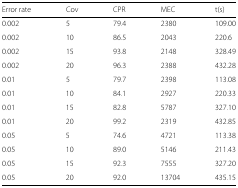
<table><thead><tr><td><b>Error rate</b></td><td><b>Cov</b></td><td><b>CPR</b></td><td><b>MEC</b></td><td><b>t(s)</b></td></tr></thead><tbody><tr><td>0.002</td><td>5</td><td>79.4</td><td>2380</td><td>109.00</td></tr><tr><td>0.002</td><td>10</td><td>86.5</td><td>2043</td><td>220.6</td></tr><tr><td>0.002</td><td>15</td><td>93.8</td><td>2148</td><td>328.49</td></tr><tr><td>0.002</td><td>20</td><td>96.3</td><td>2388</td><td>432.28</td></tr><tr><td>0.01</td><td>5</td><td>79.7</td><td>2398</td><td>113.08</td></tr><tr><td>0.01</td><td>10</td><td>84.1</td><td>2927</td><td>220.33</td></tr><tr><td>0.01</td><td>15</td><td>82.8</td><td>5787</td><td>327.10</td></tr><tr><td>0.01</td><td>20</td><td>99.2</td><td>2319</td><td>432.85</td></tr><tr><td>0.05</td><td>5</td><td>74.6</td><td>4721</td><td>113.38</td></tr><tr><td>0.05</td><td>10</td><td>89.0</td><td>5146</td><td>211.43</td></tr><tr><td>0.05</td><td>15</td><td>92.3</td><td>7555</td><td>327.20</td></tr><tr><td>0.05</td><td>20</td><td>92.0</td><td>13704</td><td>435.15</td></tr></tbody></table>